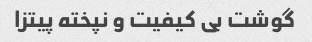
گوشت بی کیفیت و نپخته پیتزا